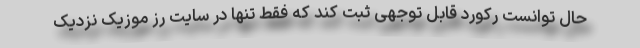
حال توانست رکورد قابل توجهی ثبت کند که فقط تنها در سایت رز موزیک نزدیک